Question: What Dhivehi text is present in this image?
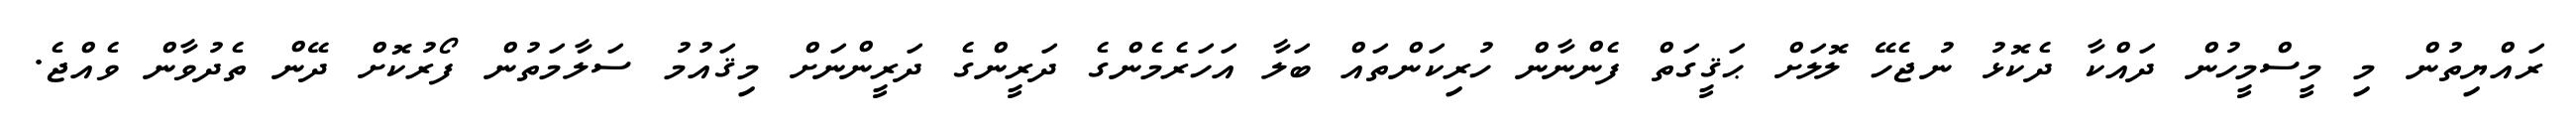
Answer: ރައްޔިތުން މި މީސްމީހުން ދައްކާ ދެކޮޅު ނުޖެހޭ ލޮލަށް ޙަޤީގަތް ފެންނާން ހުރިކަންތައް ބަލާ އަހަރެމެންގެ ދަރީންގެ ދަރީންނަށް މިޤައުމު ސަލާމަތުން ފޯރުކޮށް ދޭން ތެދުވާން ވެއްޖެ.